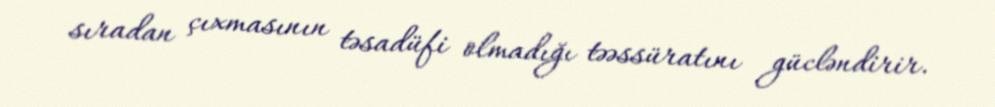
sıradan çıxmasının təsadüfi olmadığı təəssüratını gücləndirir.